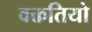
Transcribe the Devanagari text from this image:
वक्ततियो